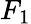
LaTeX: F_{1}